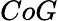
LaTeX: CoG